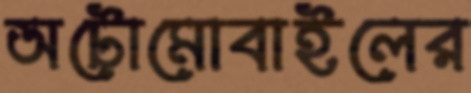
অটোমোবাইলের